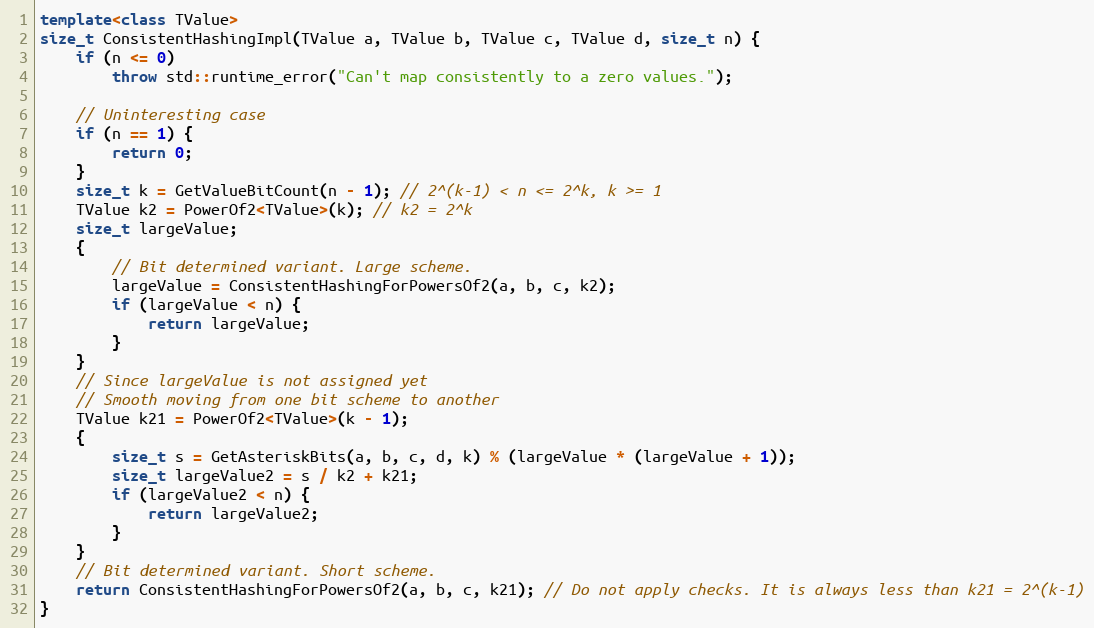
Language: C++
template<class TValue>
size_t ConsistentHashingImpl(TValue a, TValue b, TValue c, TValue d, size_t n) {
    if (n <= 0)
        throw std::runtime_error("Can't map consistently to a zero values.");

    // Uninteresting case
    if (n == 1) {
        return 0;
    }
    size_t k = GetValueBitCount(n - 1); // 2^(k-1) < n <= 2^k, k >= 1
    TValue k2 = PowerOf2<TValue>(k); // k2 = 2^k
    size_t largeValue;
    {
        // Bit determined variant. Large scheme.
        largeValue = ConsistentHashingForPowersOf2(a, b, c, k2);
        if (largeValue < n) {
            return largeValue;
        }
    }
    // Since largeValue is not assigned yet
    // Smooth moving from one bit scheme to another
    TValue k21 = PowerOf2<TValue>(k - 1);
    {
        size_t s = GetAsteriskBits(a, b, c, d, k) % (largeValue * (largeValue + 1));
        size_t largeValue2 = s / k2 + k21;
        if (largeValue2 < n) {
            return largeValue2;
        }
    }
    // Bit determined variant. Short scheme.
    return ConsistentHashingForPowersOf2(a, b, c, k21); // Do not apply checks. It is always less than k21 = 2^(k-1)
}